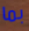
بما